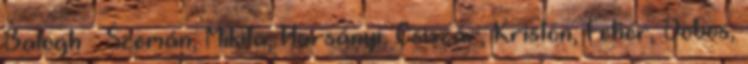
Balogh – Szemán, Mikita, Harsányi, Csiszár, Kriston, Fehér, Dobos,